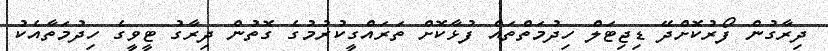
ދިރާގުން ފޯރުކޮށްދޭ ޑިޖިޓަލް ހިދުމަތްތައް ފުޅާކޮށް ތަރައްގީކުރުމުގެ ގޮތުން ދިރާގު ޓީވީގެ ހިދުމަތާއެކު